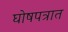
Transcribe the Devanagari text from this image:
घोषपत्रात